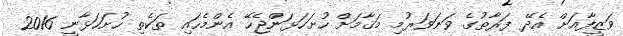
ވަޒީފާއަށް އެދޭ ފަރާތުގެ ވަނަވަރުމި މަޤާމަށް ހުށަހަޅަންޖެހޭ އެންމެހައި ތަކެތި ހުށަހަޅާނީ 2016